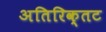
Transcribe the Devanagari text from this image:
अतिरिक्तट